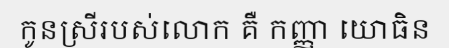
កូនស្រីរបស់លោក គឺ កញ្ញា យោធិន